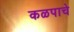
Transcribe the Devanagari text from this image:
कळपाचे